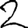
Digit: 2